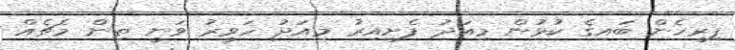
ފިރިހެން ބައިގެ ކުޅުން މިއަދު ފެށިއިރު މިއަދު ހަވީރު ވަނީ ތިން މެޗެއް